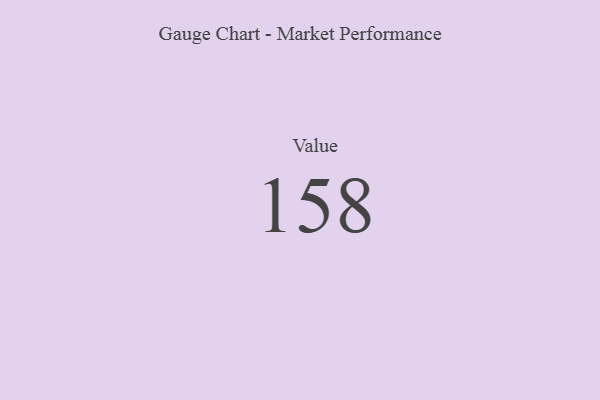
{"axis": {"x": "Metric", "y": "Value"}, "legend": [""], "data": [{"x": "Value", "y": 158, "type": ""}]}